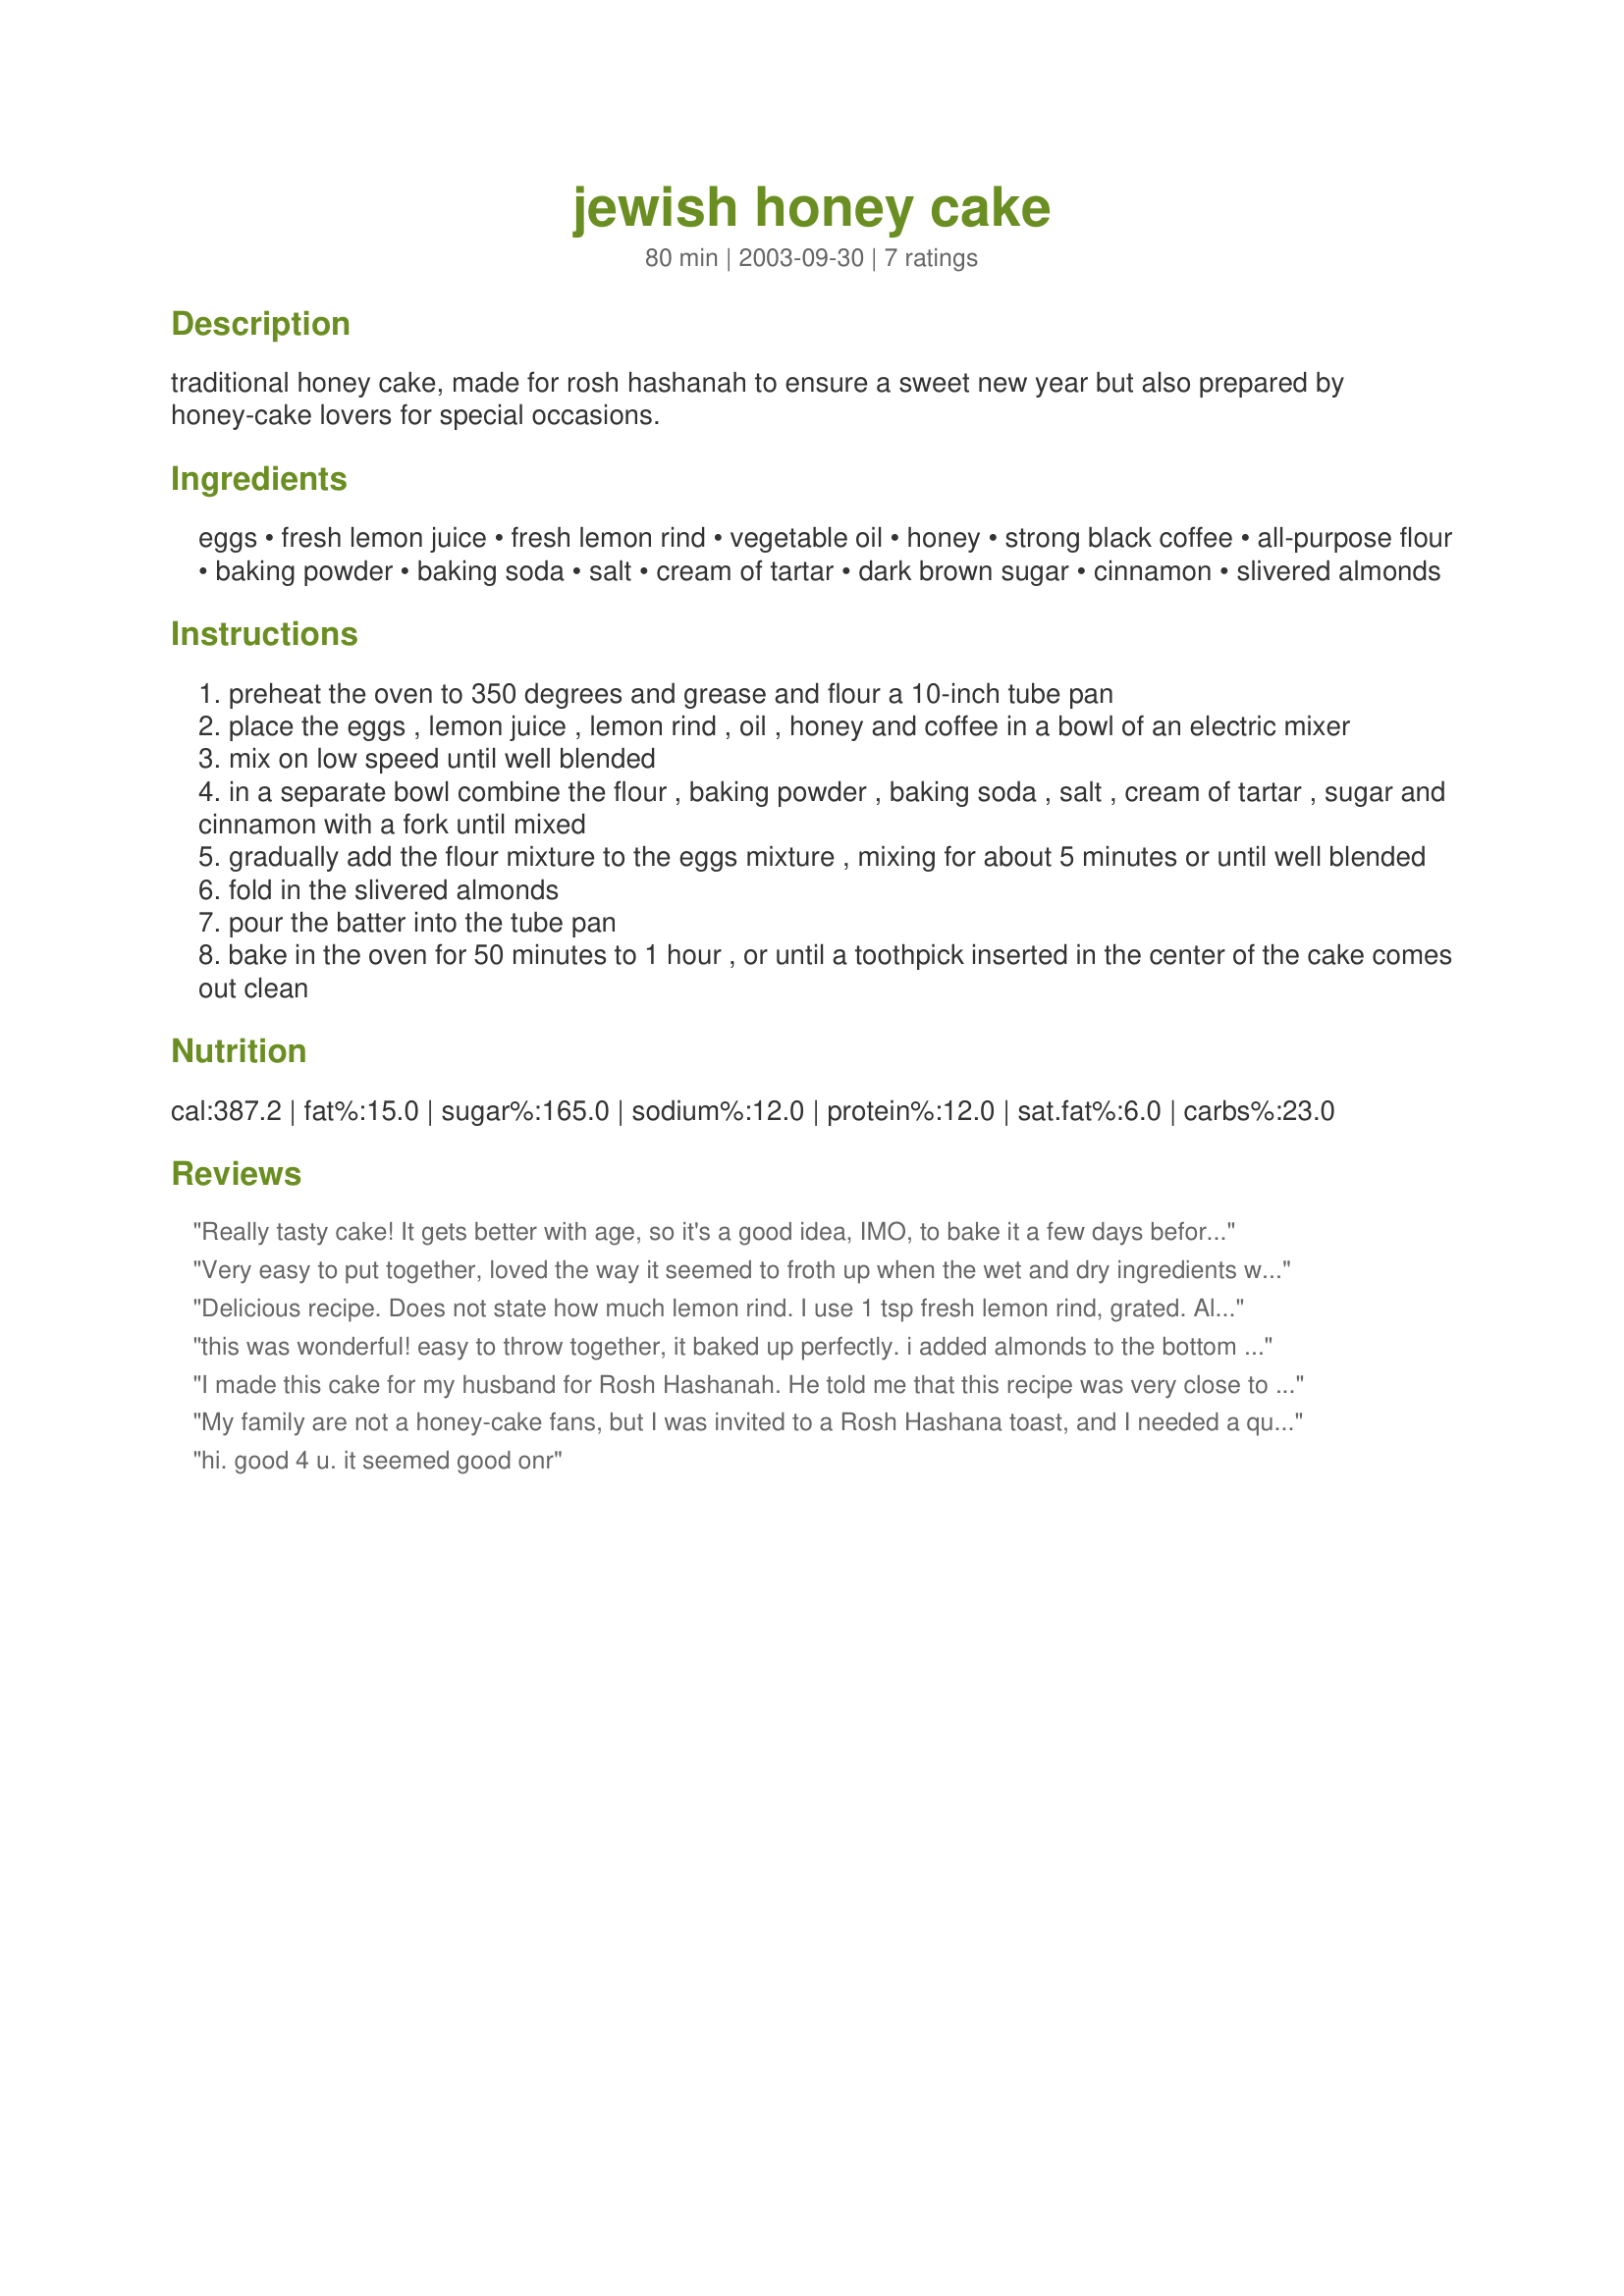
jewish honey cake
Preparation time: 80 minutes

traditional honey cake, made for rosh hashanah to ensure a sweet new year but also prepared by honey-cake lovers for special occasions.

Ingredients:
eggs, fresh lemon juice, fresh lemon rind, vegetable oil, honey, strong black coffee, all-purpose flour, baking powder, baking soda, salt, cream of tartar, dark brown sugar, cinnamon, slivered almonds

Steps:
preheat the oven to 350 degrees and grease and flour a 10-inch tube pan
place the eggs , lemon juice , lemon rind , oil , honey and coffee in a bowl of an electric mixer
mix on low speed until well blended
in a separate bowl combine the flour , baking powder , baking soda , salt , cream of tartar , sugar and cinnamon with a fork until mixed
gradually add the flour mixture to the eggs mixture , mixing for about 5 minutes or until well blended
fold in the slivered almonds
pour the batter into the tube pan
bake in the oven for 50 minutes to 1 hour , or until a toothpick inserted in the center of the cake comes out clean

Reviews:
Really tasty cake! It gets better with age, so it's a good idea, IMO, to bake it a few days before Rosh Hashanah or whatever the occasion for which you are baking it. Thanks for sharing!
Very easy to put together, loved the way it seemed to froth up when the wet and dry ingredients were put together. I had a few problems with my dark brown sugar clumping which created air bubbles in the finished cake (see photo) but the flavour was fantastic so not to worry. As for Charishma's recommendation that it gets better with age, I wouldn't know...I took it into my class as we were leaning about the Jewish faith and thought the children would like to taste a Jewish honey cake...the whole cake was devoured in 15 minutes flat. Thank you Steve, it was a real winner!!
Delicious recipe. Does not state how much lemon rind. I use 1 tsp fresh lemon rind, grated. Also use 3/4 cup slivered almonds...1/2 cup in recipe and sprinkle bottom of prepared pan with 1/4 cup. Also add 1/2 cup raisins. DEEEEE-licious!
this was wonderful! easy to throw together, it baked up perfectly. i added almonds to the bottom of the pan, and also topped it with extra almonds, this certainly helped us start the new year up right! thanks for posting this recipe, steve
I made this cake for my husband for Rosh Hashanah. He told me that this recipe was very close to the one his mother (who lives in Israel) makes. I give you the 5 stars from him, however, it just wasn't for me. I didn't really care for it. It was just a personal preference though. But, my hubby enjoyed it and he is picky, so you earn your 5 stars rightfully! Good job!
My family are not a honey-cake fans, but I was invited to a Rosh Hashana toast, and I needed a quick and easy recipe... this one changed my kids opinion. It was devoured so quickly, I had to make a new one for the toast :-) 
I used light brown sugar instead of dark, and I added a pinch of freshly grated nutmeg and 1/2 a teaspoon of ground cloves for some extra "zing".
Thank you for sharing this recipe!
hi. good 4 u. it seemed good onr
